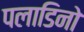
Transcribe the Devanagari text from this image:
पलाडिनो